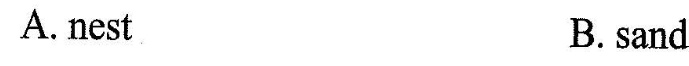
A.nest B. sand